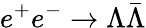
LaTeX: e^{+}e^{-}\to\Lambda\bar{\Lambda}